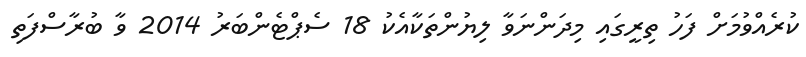
ކުރެއްވުމަށް ފަހު ތިރީގައި މިދަންނަވާ ލިޔުންތަކާއެކު 18 ސެޕްޓެންބަރު 2014 ވާ ބުރާސްފަތި